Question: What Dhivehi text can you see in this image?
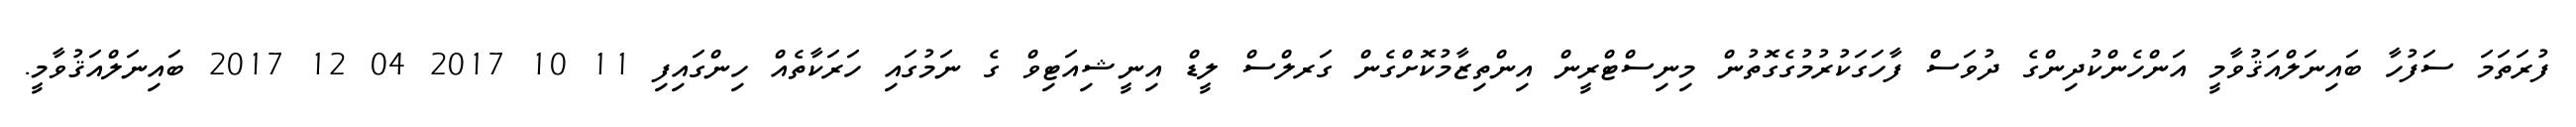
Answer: ފުރަތަމަ ސަފުހާ ބައިނަލްއަޤުވާމީ އަންހެންކުދިންގެ ދުވަސް ފާހަގަކުރުމުގެގޮތުން މިނިސްޓްރީން އިންތިޒާމުކޮށްގެން ގަރލްސް ލީޑް އިނީޝިއަޓިވް ގެ ނަމުގައި ހަރަކާތެއް ހިންގައިފި 11 10 2017 04 12 2017 ބައިނަލްއަޤުވާމީ.